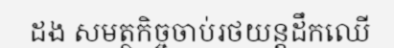
ដង សមត្ថកិច្ចចាប់រថយន្តដឹកឈើ